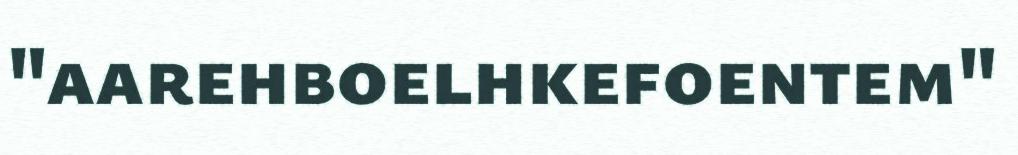
"aarehboelhkefoentem"